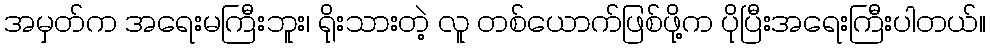
အမှတ်က အရေးမကြီးဘူး၊ ရိုးသားတဲ့ လူ တစ်ယောက်ဖြစ်ဖို့က ပိုပြီးအရေးကြီးပါတယ်။